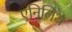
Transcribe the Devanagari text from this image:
एनिलिथ